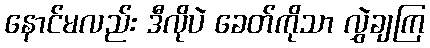
နောင်မလည်း ဒီလိုပဲ ခေတ်ကိုသာ လွှဲချကြ